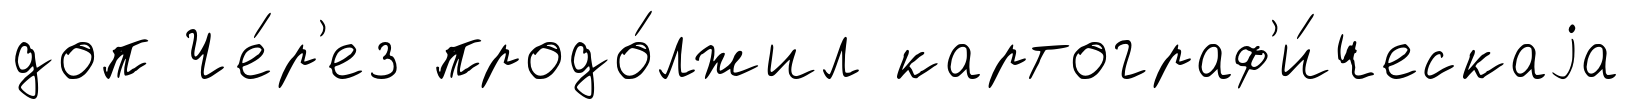
доп Че́р'ез продо́лжил картограф'и́ческаjа